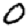
Digit: 0